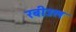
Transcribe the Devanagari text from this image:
रबीउल